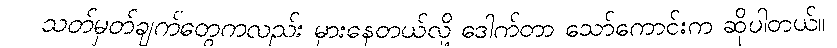
သတ်မှတ်ချက်တွေကလည်း မှားနေတယ်လို့ ဒေါက်တာ သော်ကောင်းက ဆိုပါတယ်။